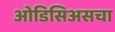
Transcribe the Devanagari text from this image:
ओडिसिअसचा